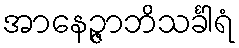
အာနေဉ္ဇာဘိသင်္ခါရံ